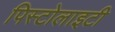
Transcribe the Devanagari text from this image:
पिस्टोलाइटी